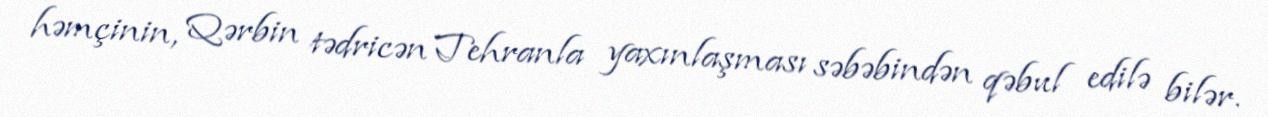
həmçinin, Qərbin tədricən Tehranla yaxınlaşması səbəbindən qəbul edilə bilər.